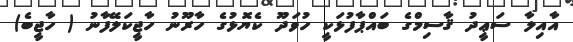
އާއިލާ ސަޢީދު ޤާސިމްގެ ބައްޕާފުޅަކީ ހުވަދޫ ކެޔޮޅުގެ ހާރޫނު ހާޖީކަލޭފާނު ( ހާޖީބެ)